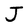
Character: J